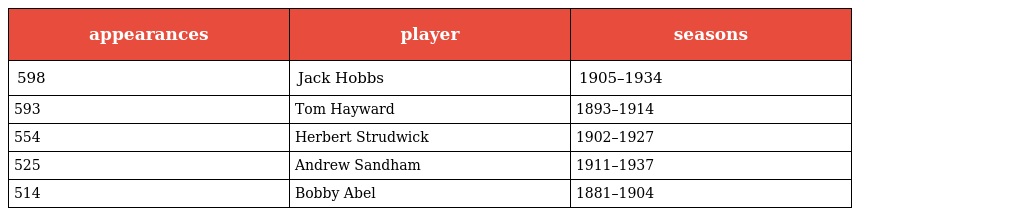
| appearances | player | seasons |
 | --- | --- | --- |
 | 598 | Jack Hobbs | 1905–1934 |
 | 593 | Tom Hayward | 1893–1914 |
 | 554 | Herbert Strudwick | 1902–1927 |
 | 525 | Andrew Sandham | 1911–1937 |
 | 514 | Bobby Abel | 1881–1904 |